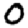
Digit: 0